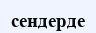
сендерде